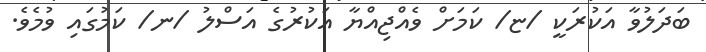
ބަދަލުވާ އަކުރަކީ /ޏ/ ކަމަށް ވެއްޖިއްޔާ އަކުރުގެ އަސްލު /ނ/ ކަމުގައި ވުމެވެ.